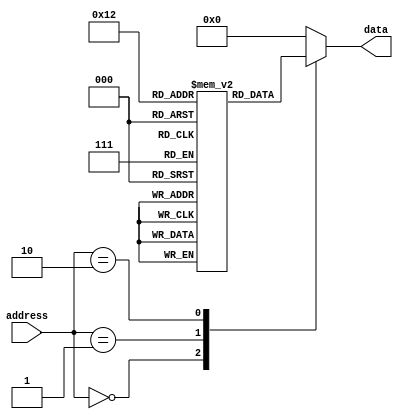
module memory_ROM(
    input [address_width-1:0] address,
    output reg [data_width-1:0] data
);

parameter memory_size = 16; // 16 memory locations
parameter data_width = 8; // 8-bit data width
parameter address_width = 4; // 4-bit address width

reg [data_width-1:0] memory [0:memory_size-1];

always @ (address)
begin
    case(address)
        0: data = memory[0];
        1: data = memory[1];
        2: data = memory[2];
        // Add more cases for additional memory locations
        default: data = 0; // Default case if address is out of range
    endcase
end

// Initialize memory data
initial
begin
    memory[0] = 8'hFF; // Example data
    memory[1] = 8'hA5; // Example data
    memory[2] = 8'h3C; // Example data
    // Initialize more memory locations with data
end

endmodule